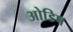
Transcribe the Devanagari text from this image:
ओडिष